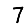
Digit: 7